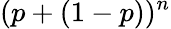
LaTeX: (p+(1-p))^{n}